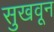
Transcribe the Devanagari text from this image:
सुखवून